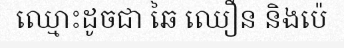
ឈ្មោះដូចជា ឆៃ ឈឿន និងប៉េ